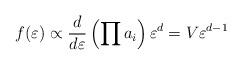
LaTeX: \begin{align*}f(\varepsilon)\propto {d\over d\varepsilon}\left(\prod a_i\right) \varepsilon^d=V \varepsilon^{d-1}\end{align*}